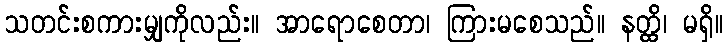
သတင်းစကားမျှကိုလည်း။ အာရောစေတာ၊ ကြားမစေသည်။ နတ္ထိ၊ မရှိ။